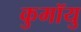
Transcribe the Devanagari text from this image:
कुमॉयु